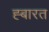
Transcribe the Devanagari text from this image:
ह्बारत